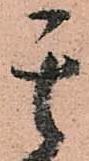
其